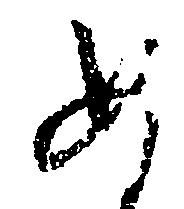
め